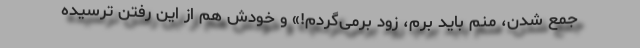
جمع شدن، منم باید برم، زود برمی‌گردم!» و خودش هم از این رفتن ترسیده